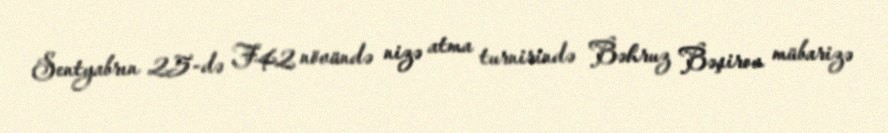
Sentyabrın 25-də F42 növündə nizə atma turnirində Bəhruz Bəşirov mübarizə